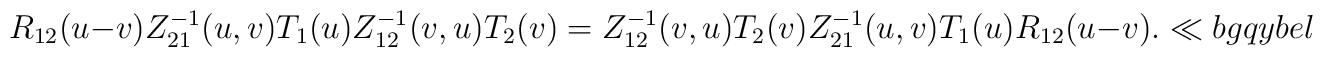
{R}_{12}(u-v)Z_{21}^{-1}(u,v)T_{1}(u) Z_{12}^{-1}(v,u)T_{2}(v)= Z_{12}^{-1}(v,u)T_{2}(v)  Z_{21}^{-1}(u,v)T_{1}(u){R}_{12}(u-v).\ll{bgqybel}